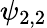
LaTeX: \psi_{2,2}